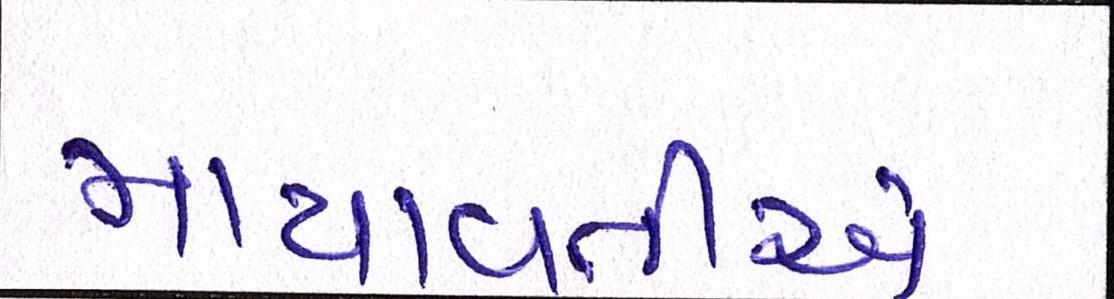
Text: માયાવતીએ